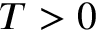
T > 0